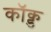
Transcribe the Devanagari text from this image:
कॉक्ड